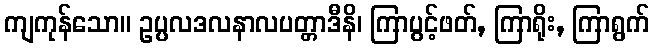
ကျကုန်သော။ ဥပ္ပလဒလနာလပတ္တာဒီနိ၊ ကြာပွင့်ဖတ်, ကြာရိုး, ကြာရွက်